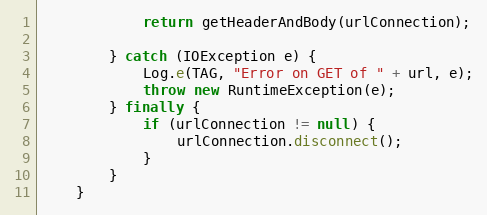
Language: Java
            return getHeaderAndBody(urlConnection);

        } catch (IOException e) {
            Log.e(TAG, "Error on GET of " + url, e);
            throw new RuntimeException(e);
        } finally {
            if (urlConnection != null) {
                urlConnection.disconnect();
            }
        }
    }